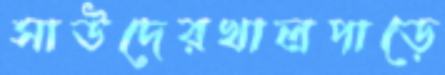
সাউদেরখালপাড়ে